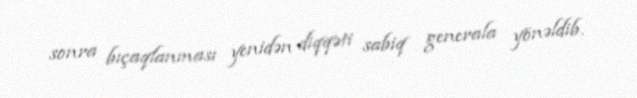
sonra bıçaqlanması yenidən diqqəti sabiq generala yönəldib.